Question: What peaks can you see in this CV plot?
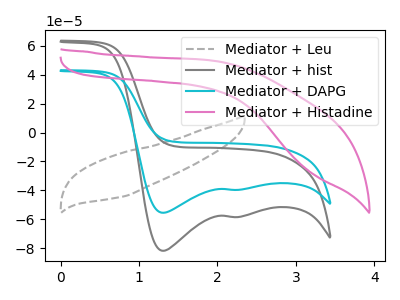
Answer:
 <answer>The gray dashed curve "Mediator + Leu" has no peaks. The gray curve "Mediator + hist" has cathodic peaks at (1.30V, -81.70uA) (2.20V, -58.40uA). The cyan curve "Mediator + DAPG" has cathodic peaks at (1.30V, -55.45uA) (2.20V, -39.60uA). The pink curve "Mediator + Histadine" has no peaks.</answer>
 <eval></eval>